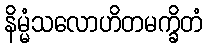
နိမ္မံသလောဟိတမက္ခိတံ